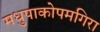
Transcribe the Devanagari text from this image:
मधुपाकोपमगिरा